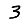
Digit: 3